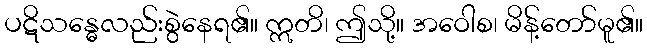
ပဋိသန္ဓေလည်းစွဲနေရ၏။ ဣတိ၊ ဤသို့။ အဝေါစ၊ မိန့်တော်မူ၏။